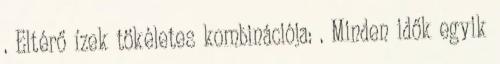
. Eltérő ízek tökéletes kombinációja: . Minden idők egyik